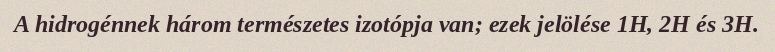
A hidrogénnek három természetes izotópja van; ezek jelölése 1H, 2H és 3H.